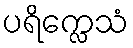
ပရိက္လေသံ